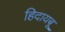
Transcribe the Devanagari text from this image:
हिदायबू